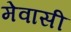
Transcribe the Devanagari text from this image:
मेवासी